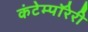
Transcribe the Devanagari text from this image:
कंटेम्पॉरेरी